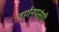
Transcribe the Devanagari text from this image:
वर्णनपसंगी